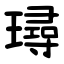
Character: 璕